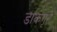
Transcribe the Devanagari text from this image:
डाकगृहे